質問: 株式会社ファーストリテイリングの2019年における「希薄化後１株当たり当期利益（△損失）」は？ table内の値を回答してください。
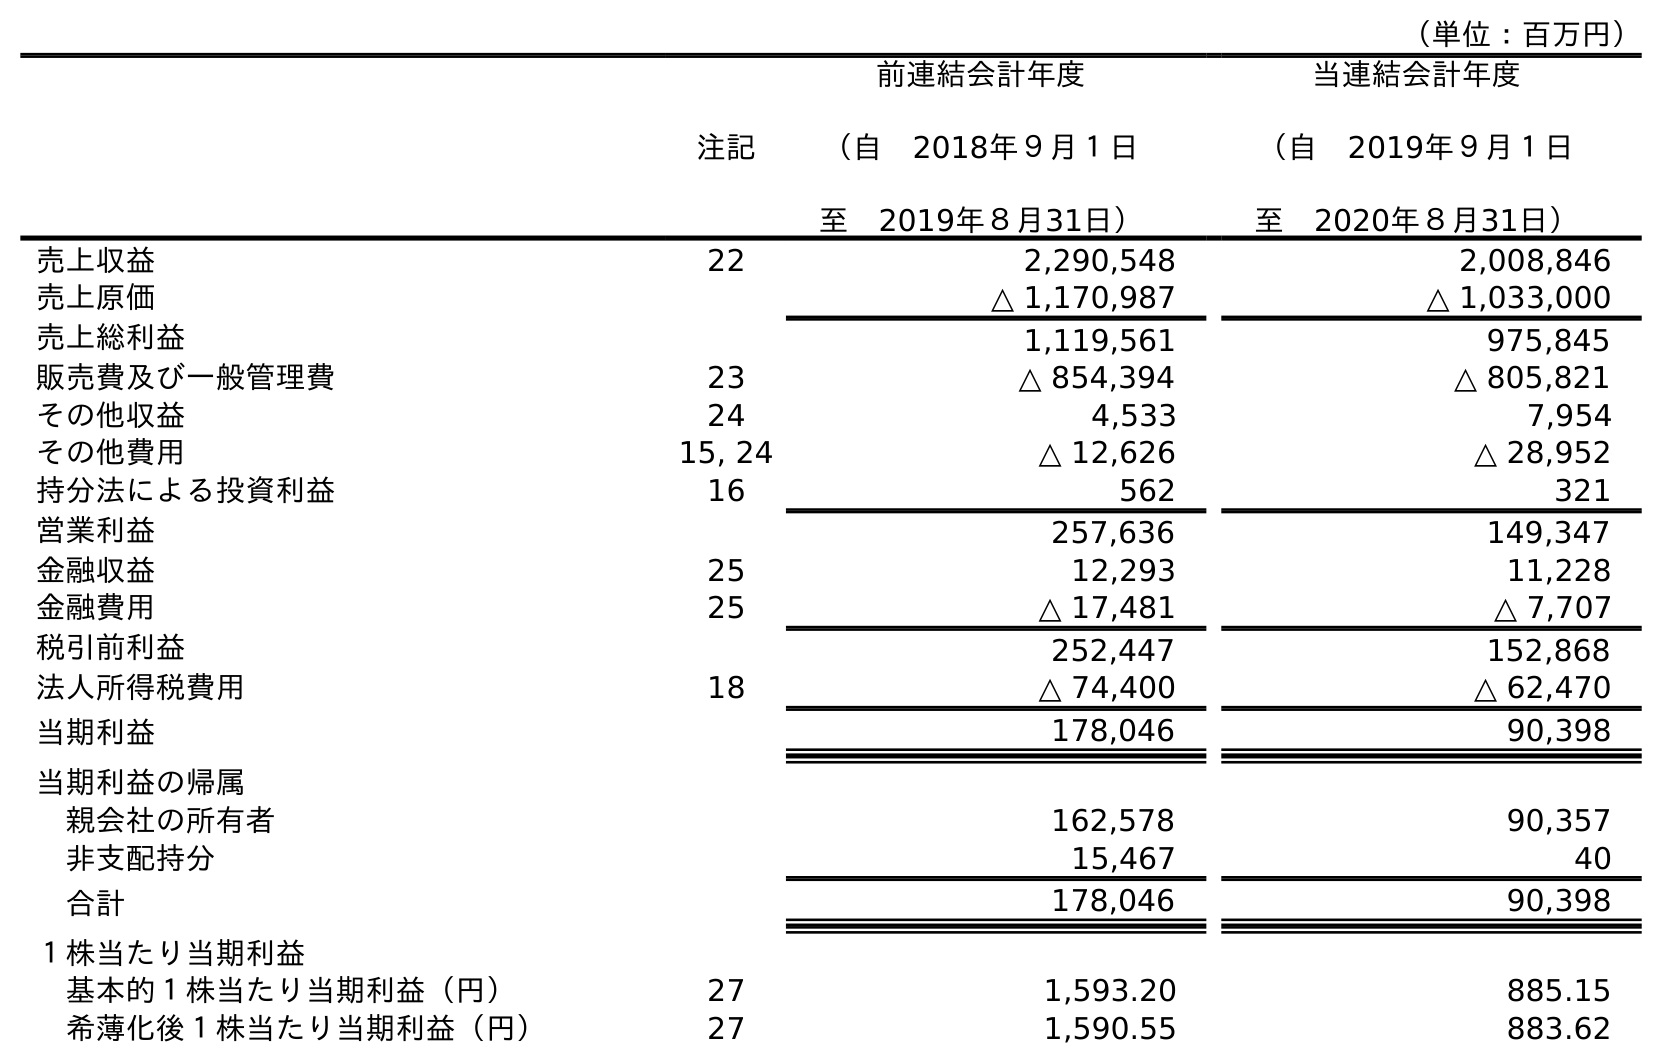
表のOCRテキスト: （単位：百万円） 注記 前連結会計年度 （自 2018年９月１日 至 2019年８月31日） 当連結会計年度 （自 2019年９月１日 至 2020年８月31日） 売上収益 22 2,290,548 2,008,846 売上原価 △ 1,170,987 △ 1,033,000 売上総利益 1,119,561 975,845 販売費及び一般管理費 23 △ 854,394 △ 805,821 その他収益 24 4,533 7,954 その他費用 15, 24 △ 12,626 △ 28,952 持分法による投資利益 16 562 321 営業利益 257,636 149,347 金融収益 25 12,293 11,228 金融費用 25 △ 17,481 △ 7,707 税引前利益 252,447 152,868 法人所得税費用 18 △ 74,400 △ 62,470 当期利益 178,046 90,398 当期利益の帰属 親会社の所有者 162,578 90,357 非支配持分 15,467 40 合計 178,046 90,398 １株当たり当期利益 基本的１株当たり当期利益（円） 27 1,593.20 885.15 希薄化後１株当たり当期利益（円） 27 1,590.55 883.62
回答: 1,590.55